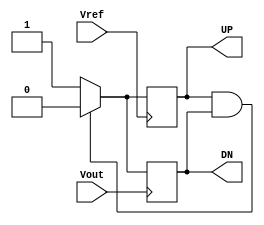
module PFD(
    input Vref,
    input Vout,
    output reg UP,
    output reg DN
);
wire clear;

assign clear = UP & DN;
always@(negedge Vref)begin
    if(clear==1)begin
        UP<=1'b0;
    end
    else begin
        UP<=1'b1;
    end
end

always@(negedge Vout)begin
    if(clear==1)begin
        DN<=1'b0;
    end
    else begin
        DN<=1'b1;
    end
end
endmodule